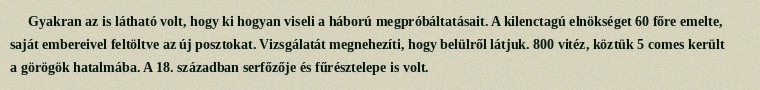
Gyakran az is látható volt, hogy ki hogyan viseli a háború megpróbáltatásait. A kilenctagú elnökséget 60 főre emelte, saját embereivel feltöltve az új posztokat. Vizsgálatát megnehezíti, hogy belülről látjuk. 800 vitéz, köztük 5 comes került a görögök hatalmába. A 18. században serfőzője és fűrésztelepe is volt.